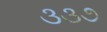
૩૩૭